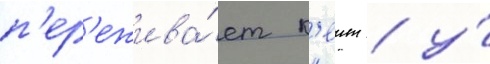
п'ер'ежива́ет к'еит / у́